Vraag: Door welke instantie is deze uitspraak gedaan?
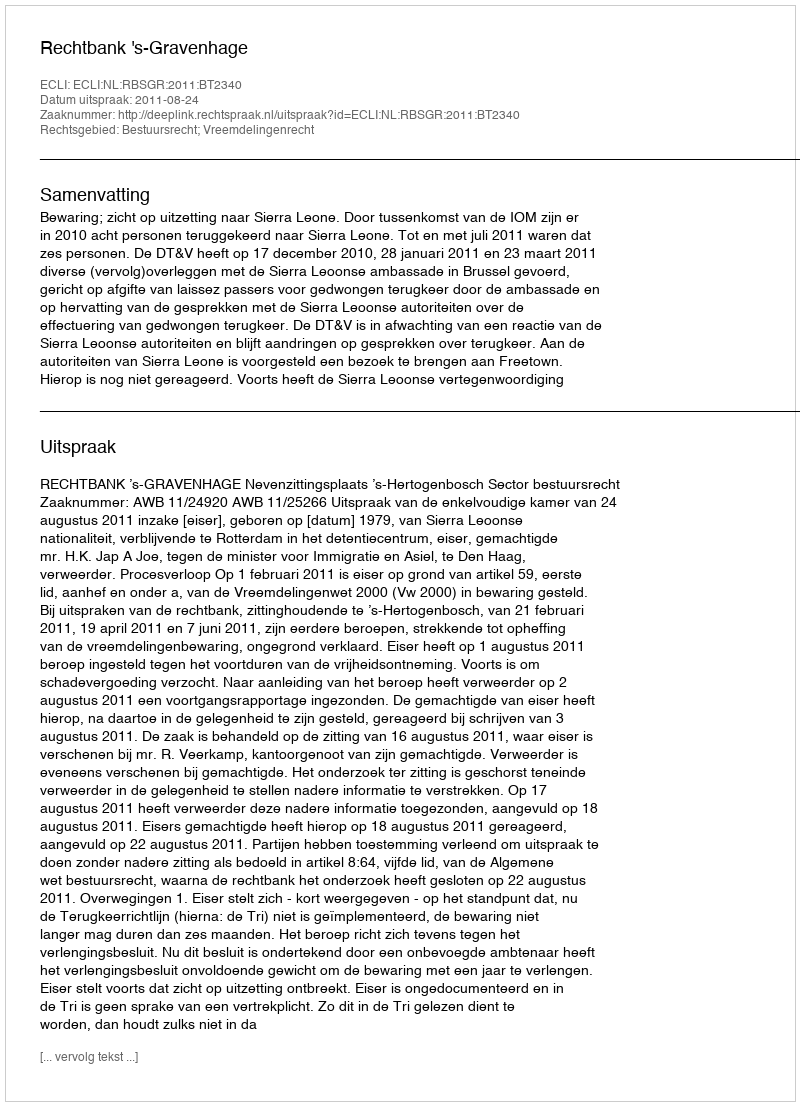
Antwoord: Rechtbank 's-Gravenhage